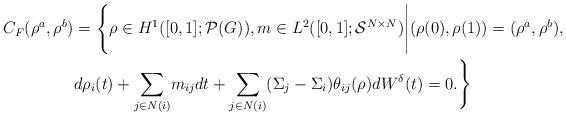
LaTeX: \begin{align*} C_F(\rho^a, \rho^b) & = \Bigg\{ \rho\in H^{1}([0,1];\mathcal P(G)), m\in L^2([0,1];\mathcal S^{N\times N}) \Bigg| (\rho(0),\rho(1))=(\rho^a,\rho^b), \\ &d\rho_i(t)+\underset{j\in N(i)}{\sum} m_{ij}dt + \underset{j\in N(i)}{\sum}(\Sigma_j-\Sigma_i)\theta_{ij}(\rho) dW^{\delta}(t)=0.\Bigg\}\end{align*}